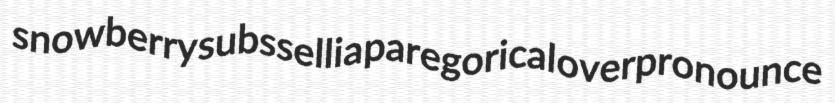
snowberry subssellia paregorical overpronounce